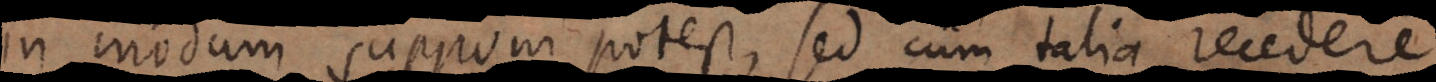
in modum supponi potest, sed cum talia recedere